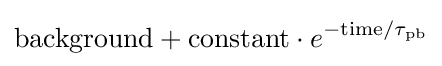
{\text{background}}+{\text{constant}}\cdot e^{-{\text{time}}/\tau _{\text{pb}}}